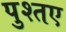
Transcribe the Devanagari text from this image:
पुश्तए